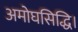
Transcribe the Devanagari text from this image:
अमोघसिद्धि।